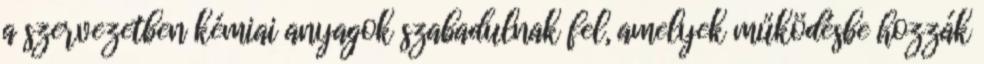
a szervezetben kémiai anyagok szabadulnak fel, amelyek működésbe hozzák